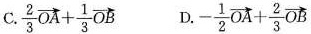
C.$$\frac { 2 } { 3 } \overrightarrow { O A } + \frac { 1 } { 3 } \overrightarrow { O B }$$ D.$$- \frac { 1 } { 2 } \overrightarrow { O A } + \frac { 2 } { 3 } \overrightarrow { O B }$$